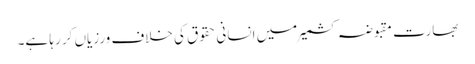
بھارت مقبوضہ کشمیر میں انسانی حقوق کی خلاف ورزیاں کر رہا ہے۔